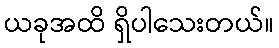
ယခုအထိ ရှိပါသေးတယ်။